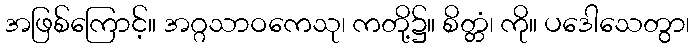
အဖြစ်ကြောင့်။ အဂ္ဂသာဝကေသု၊ ကတို့၌။ စိတ္တံ၊ ကို။ ပဒေါသေတွာ၊